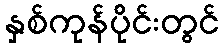
နှစ်ကုန်ပိုင်းတွင်